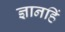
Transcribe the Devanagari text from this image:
ज्ञानहिं